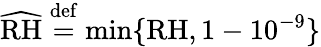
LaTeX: \widehat{\mathrm{RH}}\stackrel{\mathrm{def}}{=}\operatorname*{min}\{ \mathrm{RH},1-10^{-9}\}